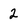
Character: 2